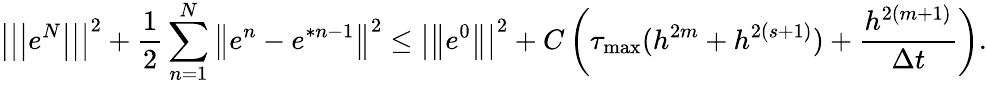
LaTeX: \left\vert\left\vert\left\vert e^{N}\right\vert\right\vert\right\vert^{2}+\frac{1}{2}\sum_{n=1}^{N}\left\Vert e^{n}-e^{\ast n-1}\right\Vert^{2}\leq\left\vert\left\Vert e^{0}\right\Vert\right\vert^{2}+C\left(\tau_{\operatorname*{max}}(h^{2m}+h^{2\left(s+1\right)})+\frac{h^{2\left(m+1\right)}}{\Delta t}\right).